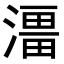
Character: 𭲔